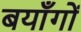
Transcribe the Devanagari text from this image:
बयाँगों